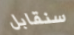
سنقابل